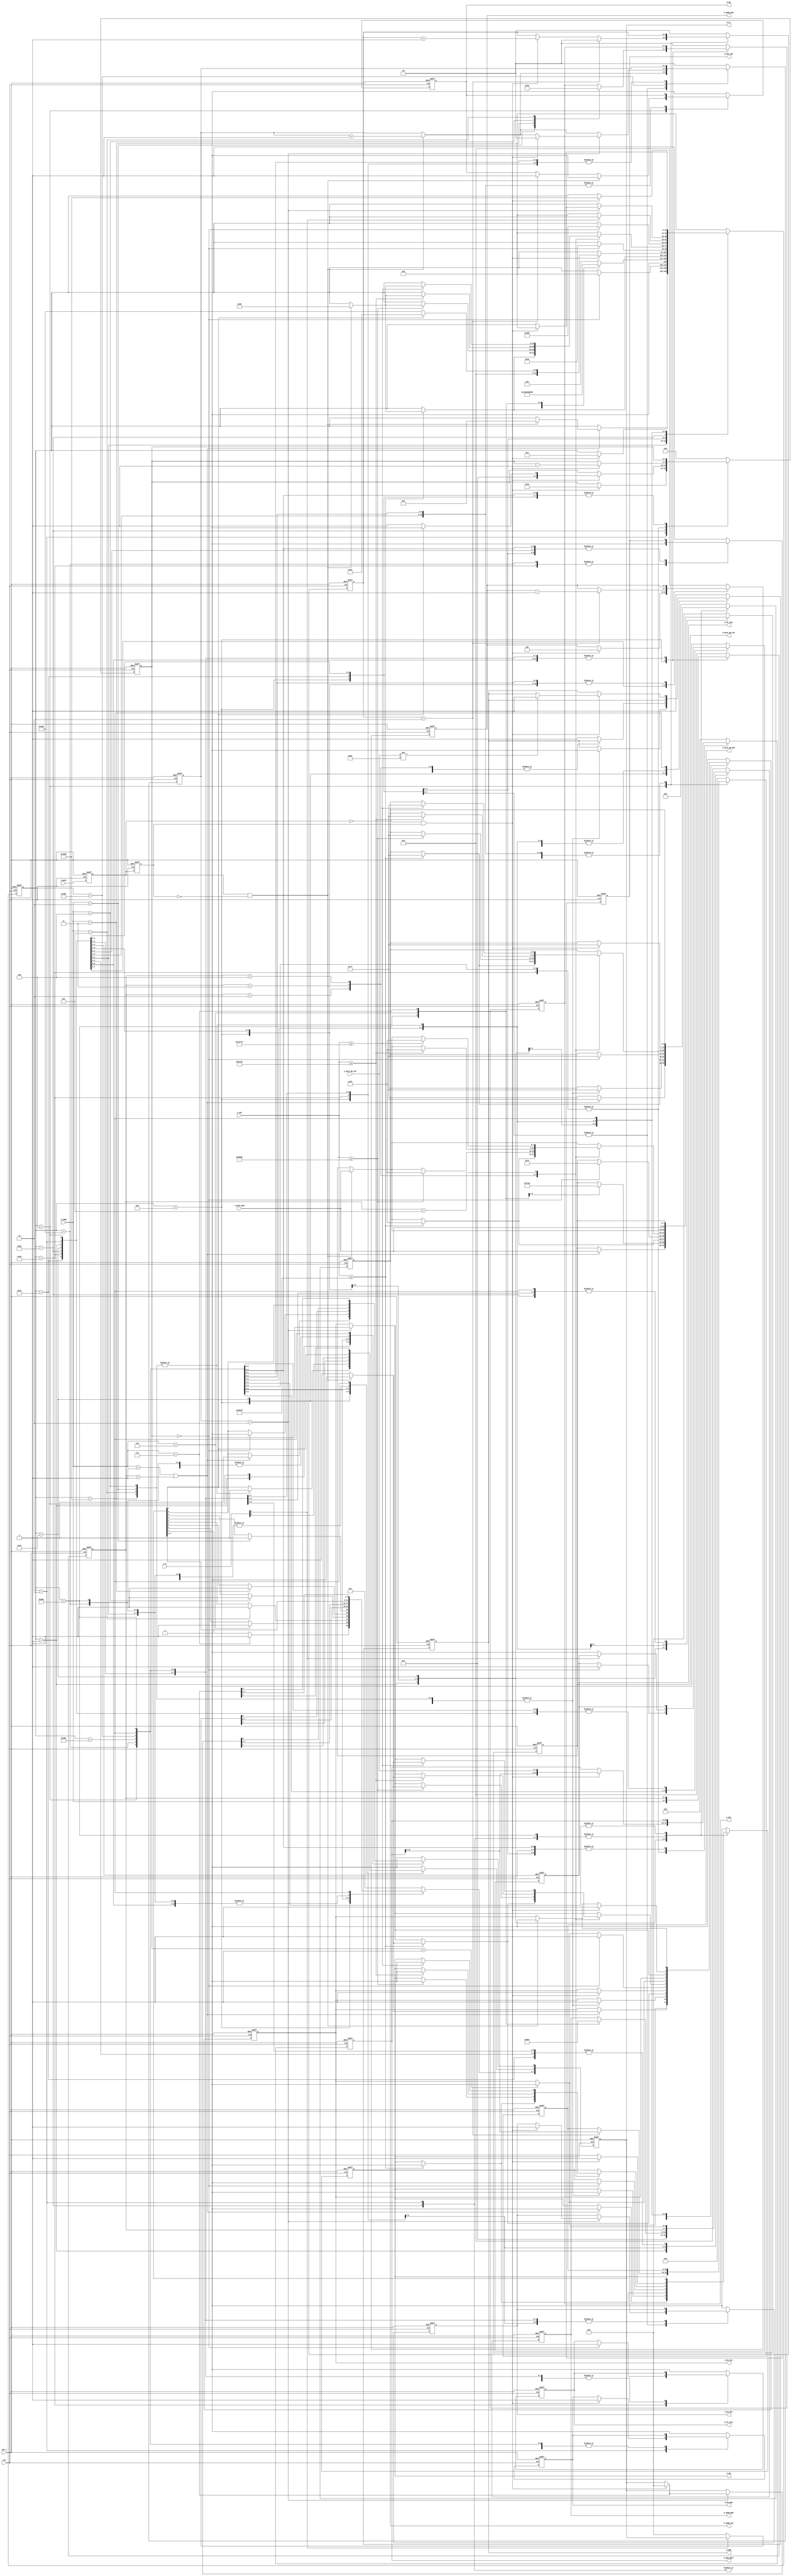
// command BMP180
    `define READ_CC   4'b0001 // reading calibration coefficients
    `define MSR_PRS0  4'b0010 // measurement pressure (OSS0)
    `define MSR_PRS1  4'b0011 // measurement pressure (OSS1)
    `define MSR_PRS2  4'b0100 // measurement pressure (OSS2)
    `define MSR_PRS3  4'b0101 // measurement pressure (OSS3)
    `define SOFT_RST  4'b0110 // soft reset BMP180
    `define CHECK     4'b0111 // check chip id BMP180
    `define MSR_TMP   4'b1000 // measurement temperature


module controller
    #(parameter FPGA_CLK    = 50_000_000, // FPGA frequency 50 MHz
      parameter ADDR_I2C_SZ = 7,          // addr on I2C bus width
      parameter DATA_I2C_SZ = 8,          // data on I2C bus width
      parameter ADDR_ROM_SZ = 4,          // addr width in ROM 
      parameter DATA_ROM_SZ = 8,          // word width in ROM 
      parameter ADDR_OPM_SZ = 4,          // addr width in RAM 
      parameter RXD_SZ      = 24,         // buffer of received data from BMP180 (width)
      parameter DATA_OPM_SZ = 16)         // word width in RAM
    (CLK, RST_n, I_COMM, I_DATA_ROM, I_DATA_RD_I2C, I_BUSY, I_CNT, I_FL,
     O_EN_I2C, O_ADDR_I2C, O_RW, O_DATA_WR_I2C, O_FL, O_ERR, O_EN_RAM, O_ADDR_ROM, O_WE, O_ADDR_OPM, O_DATA_WR_OPM, O_EN_CNT, O_RST_CNT, O_OSS, O_RXD_BUFF, O_UT_CALC, O_UP_CALC);
   

    localparam CHIP_ID          = 8'h55; // chip id BMP180 = 0x55
    localparam CNT_RS_I_BUSY_SZ = 2;     // rising edge counter I_BUSY width
    localparam CNT_FL_I_BUSY_SZ = 5;     // falling edge counter I_BUSY width
    localparam FL_SZ            = 8;     // command execution flag width
//  addr reg BMP180
    localparam ADDR_BMP180 = 7'h77; // addr BMP180 on I2C bus
    localparam ADDR_MSR    = 8'hF4; // addr reg measurement control
    localparam ADDR_MSB    = 8'hF6; // addr reg out_msb
    localparam ADDR_SRST   = 8'hE0; // addr reg soft reset
//  conversion time    
    localparam T_MSR_0 = 0.0045; // conversion time 4,5 mS (oss = 0)
    localparam T_MSR_1 = 0.0075; // conversion time 7,5 mS (oss = 1)
    localparam T_MSR_2 = 0.0135; // conversion time 13,5 mS (oss = 2)
    localparam T_MSR_3 = 0.0255; // maximum conversion time 25,5 mS (oss = 3)
    localparam integer N_CLK_MSR_0 = FPGA_CLK * T_MSR_0;  // number of clocks 50 MHz (4,5 mS, 225_000 clk)
    localparam integer N_CLK_MSR_1 = FPGA_CLK * T_MSR_1;  // number of clocks 50 MHz (7,5 mS, 375_000 clk)
    localparam integer N_CLK_MSR_2 = FPGA_CLK * T_MSR_2;  // number of clocks 50 MHz (13,5 mS, 675_000 clk)
    localparam integer N_CLK_MSR_3 = FPGA_CLK * T_MSR_3;  // number of clocks 50 MHz (25,5 mS, 1_275_000 clk)
    localparam CNT_MSR_MX_SZ       = $clog2(N_CLK_MSR_3); // conversion time counter width
//  addr in RAM BMP180 reg 
    localparam AC1 = 4'd10;      // addr in RAM value reg AC1
    localparam AC2 = AC1 - 1'b1; // addr in RAM value reg AC2
    localparam AC3 = AC2 - 1'b1; // addr in RAM value reg AC3
    localparam AC4 = AC3 - 1'b1; // addr in RAM value reg AC4
    localparam AC5 = AC4 - 1'b1; // addr in RAM value reg AC5
    localparam AC6 = AC5 - 1'b1; // addr in RAM value reg AC6
    localparam B1  = AC6 - 1'b1; // addr in RAM value reg B1
    localparam B2  = B1  - 1'b1; // addr in RAM value reg B2
    localparam MB  = B2  - 1'b1; // addr in RAM value reg MB
    localparam MC  = MB  - 1'b1; // addr in RAM value reg MC
    localparam MD  = MC  - 1'b1; // addr in RAM value reg MD
//  description states FSM
    localparam ST_SZ          = 13;                // number of states FSM
    localparam RD_CC_ST       = 13'b0000000000001; // start reading calibration coefficients
    localparam RD_CC_RST      = 13'b0000000000010; // restart reading calibration coefficients
    localparam RD_CC_FN       = 13'b0000000000100; // reading calibration coefficients
    localparam WT_COMM        = 13'b0000000001000; // waiting for a command for BMP180
    localparam RD_TMP_ST      = 13'b0000000010000; // start reading temperature
    localparam RD_TMP_FN      = 13'b0000000100000; // finish reading temperature    
    localparam RD_PRS_ST      = 13'b0000001000000; // start reading pressure
    localparam RD_TMP_PRS_RST = 13'b0000010000000; // restart reading temperature and pressure
    localparam RD_PRS_FN      = 13'b0000100000000; // finish reading pressure
    localparam IDLE_P         = 13'b0001000000000; // waiting finish calc P
    localparam SFT_RST        = 13'b0010000000000; // start soft reset
    localparam PING           = 13'b0100000000000; // start communication check, sensor returns value 0x55
    localparam PING_RD        = 13'b1000000000000; // reading chip id    
//  input signals
    input wire                     CLK;           // clock 50 MHz
    input wire                     RST_n;         // asynchronous reset_n
    input wire [ADDR_ROM_SZ-1:0]   I_COMM;        // command for BMP180    
    input wire [DATA_ROM_SZ-1:0]   I_DATA_ROM;    // word in ROM   
    input wire [DATA_I2C_SZ-1:0]   I_DATA_RD_I2C; // readed data from I2C bus
    input wire                     I_BUSY;        // master I2C busy signal
    input wire [CNT_MSR_MX_SZ-1:0] I_CNT;         // conversion time counter
    input wire [1:0]               I_FL;          // calc module execution flag
//  output signals
    output reg                   O_EN_I2C;      // start enable I2C bus   
    output reg [ADDR_I2C_SZ-1:0] O_ADDR_I2C;    // addr BMP180 on I2C bus
    output reg                   O_RW;          // RW I2C bus 
    output reg [DATA_I2C_SZ-1:0] O_DATA_WR_I2C; // data for writing on I2C bus   
    output reg [ADDR_ROM_SZ-1:0] O_ADDR_ROM;    // command for BMP180 
    output reg                   O_EN_RAM;      // RAM transaction enable 
    output reg                   O_WE;          // WE RAM signal
    output reg [ADDR_OPM_SZ-1:0] O_ADDR_OPM;    // word addr in RAM
    output reg [DATA_OPM_SZ-1:0] O_DATA_WR_OPM; // word to write to RAM 
    output reg [FL_SZ-1:0]       O_FL;          // command execution flag     
    output reg                   O_ERR;         // chip id error (BMP180) or error state of FSM
    output reg                   O_EN_CNT;      // enable signal conversion time counter
    output reg                   O_RST_CNT;     // reset conversion time counter
    output reg [1:0]             O_OSS;         // number OSS (0 or 1 or 2 or3)    
    output reg [RXD_SZ-1:0]      O_RXD_BUFF;    // buffer of received data from BMP180    
    output reg                   O_UT_CALC;     // enable calc T
    output reg                   O_UP_CALC;     // enable calc P
//  internal signals
    reg [ST_SZ-1:0]            st;               // current state of FSM
    reg [ST_SZ-1:0]            nx_st;            // next state of FSM
    reg                        nx_o_en_i2c;      // next enable signal I2C bus
    reg [ADDR_I2C_SZ-1:0]      nx_o_addr_i2c;    // next addr on I2C bus
    reg                        nx_o_rw;          // next RW I2C bus     
    reg [DATA_I2C_SZ-1:0]      nx_o_data_wr_i2c; // next data for writing on I2C bus 
    reg                        pr_i_busy;        // previous I_BUSY
    reg                        cr_i_busy;        // current I_BUSY
    wire                       rs_i_busy;        // rising edge I_BUSY
    wire                       fl_i_busy;        // falling edge I_BUSY
    reg [CNT_RS_I_BUSY_SZ-1:0] cnt_rs_i_busy;    // rising edge counter I_BUSY
    reg [CNT_RS_I_BUSY_SZ-1:0] nx_cnt_rs_i_busy; // next rising edge counter I_BUSY  
    reg [CNT_FL_I_BUSY_SZ-1:0] cnt_fl_i_busy;    // falling edge counter I_BUSY
    reg [CNT_FL_I_BUSY_SZ-1:0] nx_cnt_fl_i_busy; // next falling edge counter I_BUSY
    reg [ADDR_ROM_SZ-1:0]      nx_o_addr_rom;    // next command for BMP180
    reg                        nx_o_en_ram;      // next RAM transaction enable     
    reg                        nx_o_we;          // next WE RAM signal  
    reg [ADDR_OPM_SZ-1:0]      nx_o_addr_opm;    // next word addr in RAM
    reg [DATA_OPM_SZ-1:0]      nx_o_data_wr_opm; // next word to write to RAM
    reg                        nx_o_en_cnt;      // next enable signal conversion time counter   
    reg                        nx_o_rst_cnt;     // next reset conversion time counter
    reg [ADDR_ROM_SZ-1:0]      comm_reg;         // latching I_COMM
    reg [ADDR_ROM_SZ-1:0]      nx_comm_reg;      // next latching I_COMM
    reg [FL_SZ-1:0]            nx_o_fl;          // next command execution flag 
    reg                        nx_o_err;         // next chip id error (BMP180)
    reg [1:0]                  cnt_for_wr;       // counter for coefficient buffer
    reg [1:0]                  nx_cnt_for_wr;    // counter for coefficient buffer
    reg [RXD_SZ-1:0]           nx_o_rxd_buff;    // next buffer of received data from BMP180
    reg [1:0]                  nx_o_oss;         // next number OSS (0 or 1 or 2 or3)
    reg                        nx_o_ut_calc;     // next enable calc T
    reg                        nx_o_up_calc;     // enable calc P  
    
//  determining of rissing edge and falling edge I_BUSY
    assign rs_i_busy =  cr_i_busy & !pr_i_busy;
    assign fl_i_busy = !cr_i_busy &  pr_i_busy; 

//  determining the next state of FSM and singals    
    always @(*) begin
      nx_st = st;
      nx_o_addr_i2c = O_ADDR_I2C;
      nx_o_rw = O_RW;
      nx_o_data_wr_i2c = O_DATA_WR_I2C;
      nx_o_en_i2c = O_EN_I2C;
      nx_cnt_rs_i_busy = cnt_rs_i_busy;
      nx_cnt_fl_i_busy = cnt_fl_i_busy;
      nx_o_en_ram = O_EN_RAM;
      nx_o_we = O_WE;  
      nx_o_addr_opm = O_ADDR_OPM;
      nx_o_data_wr_opm = O_DATA_WR_OPM;
      nx_o_addr_rom = O_ADDR_ROM;
      nx_o_en_cnt = O_EN_CNT;
      nx_o_rst_cnt = O_RST_CNT;
      nx_comm_reg = comm_reg;
      nx_o_fl = O_FL;
      nx_o_err = O_ERR;
      nx_cnt_for_wr = cnt_for_wr;
      nx_o_oss = O_OSS;
      nx_o_rxd_buff = O_RXD_BUFF;
      nx_o_ut_calc = O_UT_CALC;
      nx_o_up_calc = O_UP_CALC;
      case (st)
          RD_CC_ST       : begin
                             nx_o_addr_rom = `READ_CC;          // ROM return 8'hAA
                             if (I_COMM == `READ_CC || comm_reg == `READ_CC) 
                               begin
                                 nx_o_en_i2c = 1'b1;            // start of a transaction on the bus I2C
                                 nx_o_addr_i2c = ADDR_BMP180;   // setting addr BMP180
                                 nx_o_rw = 1'b0;                // write
                                 nx_o_data_wr_i2c = I_DATA_ROM; // reg addr AC1 (calibration coefficients)
                                 nx_o_fl[0] = 1'b1;             // transaction execution flag
                                 if (rs_i_busy)
                                   begin
                                     nx_o_en_i2c = 1'b0;        // stop of a transaction on the bus I2C
                                     nx_st = RD_CC_RST;
                                   end
                               end
                           end 
          RD_CC_RST      : begin
                             if (fl_i_busy)  
                               begin
                                 nx_o_en_i2c = 1'b1;          // restart I2C bus
                                 nx_o_addr_i2c = ADDR_BMP180; // setting addr BMP180
                                 nx_o_rw = 1'b1;              // reading from reg addr AC1 (calibration coefficients)
                                 nx_cnt_fl_i_busy = 22;       // setting counter = 22 (rxd 22 bytes from reg addr AC1, AC2, AC3, AC4, AC5, AC6, B1, B2, MB, MC, MD)
                                 nx_o_addr_opm = AC1 + 1'b1;  // setting addr to RAM
                                 nx_o_en_ram = 1'b1;
                                 nx_st = RD_CC_FN;
                               end                  
                           end
          RD_CC_FN       : begin
                             if (fl_i_busy)
                               begin
                                 nx_cnt_for_wr = cnt_for_wr + 1'b1;
                                 nx_cnt_fl_i_busy = cnt_fl_i_busy - 1'b1; 
                                 nx_o_rxd_buff = {O_RXD_BUFF[15:0], I_DATA_RD_I2C};
                               end
                             if (cnt_for_wr == 2'b10)
                               begin
                                 nx_cnt_for_wr = 2'b0;
                                 nx_o_data_wr_opm = O_RXD_BUFF[15:0];     // setting data to writing to RAM
                                 nx_o_we = 1'b1;                          // setting I_WE to writing to RAM             
                                 nx_o_addr_opm = O_ADDR_OPM - 1'b1;       // setting addr for RAM
                               end
                             if (rs_i_busy)
                               begin
                                 nx_o_we = 1'b0;                          // stop writing to RAM
                               end
                             if (cnt_fl_i_busy == 1)
                               nx_o_en_i2c = 1'b0;                        // stop reading, txd ACK
                             if (&(!cnt_fl_i_busy))                       // when = 0
                               begin
                                 nx_o_fl[0] = 1'b0;                       // end of reading calibration coefficients
                                 nx_st = WT_COMM;
                               end
                           end     
          WT_COMM        : begin
                             nx_o_we = 1'b0;       // stop write to RAM
                             nx_o_en_ram = 1'b0;
                             nx_comm_reg = I_COMM; // latching I_COMM
                             case (I_COMM)
                                `READ_CC  :   nx_st = RD_CC_ST;
                                `MSR_PRS0 : begin
                                              nx_o_en_i2c = 1'b1;          // start of a transaction on the bus I2C
                                              nx_o_addr_i2c = ADDR_BMP180; // setting addr BMP180
                                              nx_o_rw = 1'b0;              // write
                                              nx_o_data_wr_i2c = ADDR_MSR; // reg addr "Measurement control"
                                              nx_o_err = 1'b0;             // zero error
                                              nx_o_fl[2:1] = 2'b11;        // transaction execution flag (pressurve and temperature measurement) 
                                              nx_o_oss = 2'b0;             // setting reg OSS = 0
                                              nx_o_addr_rom = `MSR_TMP;    // ROM return 8'h2E
                                              nx_st = RD_TMP_ST;
                                            end
                                `MSR_PRS1 : begin
                                              nx_o_en_i2c = 1'b1;          // start of a transaction on the bus I2C
                                              nx_o_addr_i2c = ADDR_BMP180; // setting addr BMP180
                                              nx_o_rw = 1'b0;              // write
                                              nx_o_data_wr_i2c = ADDR_MSR; // reg addr "Measurement control"
                                              nx_o_err = 1'b0;             // zero error
                                              nx_o_fl[3] = 1'b1;           // transaction execution flag (pressurve measurement)
                                              nx_o_fl[1] = 1'b1;           // transaction execution flag (temperature measurement)
                                              // nx_o_oss = 2'b0;             // for simulation setting reg OSS = 0
                                              nx_o_oss = 2'b01;            // for FPGA setting reg OSS = 1
                                              nx_o_addr_rom = `MSR_TMP;    // ROM return 8'h2E
                                              nx_st = RD_TMP_ST;
                                            end
                                `MSR_PRS2 : begin
                                              nx_o_en_i2c = 1'b1;          // start of a transaction on the bus I2C
                                              nx_o_addr_i2c = ADDR_BMP180; // setting addr BMP180
                                              nx_o_rw = 1'b0;              // write
                                              nx_o_data_wr_i2c = ADDR_MSR; // reg addr "Measurement control"
                                              nx_o_err = 1'b0;             // zero error
                                              nx_o_fl[4] = 1'b1;           // transaction execution flag (pressurve measurement)
                                              nx_o_fl[1] = 1'b1;           // transaction execution flag (temperature measurement)
                                              // nx_o_oss = 2'b0;             // for simulation setting reg OSS = 0
                                              nx_o_oss = 2'b10;            // for FPGA setting reg OSS = 2
                                              nx_o_addr_rom = `MSR_TMP;    // ROM return 8'h2E
                                              nx_st = RD_TMP_ST;
                                            end
                                `MSR_PRS3 : begin
                                              nx_o_en_i2c = 1'b1;          // start of a transaction on the bus I2C
                                              nx_o_addr_i2c = ADDR_BMP180; // setting addr BMP180
                                              nx_o_rw = 1'b0;              // write
                                              nx_o_data_wr_i2c = ADDR_MSR; // reg addr "Measurement control"
                                              nx_o_err = 1'b0;             // zero error
                                              nx_o_fl[5] = 1'b1;           // transaction execution flag (pressurve measurement)
                                              nx_o_fl[1] = 1'b1;           // transaction execution flag (temperature measurement)
                                              // nx_o_oss = 2'b0;             // for simulation setting reg OSS = 0
                                              nx_o_oss = 2'b11;            // for FPGA setting reg OSS = 3
                                              nx_o_addr_rom = `MSR_TMP;    // ROM return 8'h2E
                                              nx_st = RD_TMP_ST;
                                            end
                                `SOFT_RST : begin
                                              nx_o_en_i2c = 1'b1;           // start of a transaction on the bus I2C
                                              nx_o_addr_i2c = ADDR_BMP180;  // setting addr BMP180
                                              nx_o_rw = 1'b0;               // write
                                              nx_o_data_wr_i2c = ADDR_SRST; // reg addr soft reset
                                              nx_o_err = 1'b0;              // zero error
                                              nx_o_fl[6] = 1'b1;            // transaction execution flag
                                              nx_o_addr_rom = `SOFT_RST;
                                              nx_st = SFT_RST;
                                            end
                                `CHECK    : begin
                                              nx_o_en_i2c = 1'b1;            // start of a transaction on the bus I2C
                                              nx_o_addr_i2c = ADDR_BMP180;   // setting addr BMP180
                                              nx_o_rw = 1'b0;                // write
                                              nx_o_err = 1'b0;               // zero error
                                              nx_o_fl[7] = 1'b1;             // transaction execution flag
                                              nx_o_addr_rom = `CHECK;
                                              nx_st = PING;
                                            end
                                default   : begin
                                              nx_st = WT_COMM;
                                            end
                             endcase
                           end
          RD_TMP_ST      : begin
                             if (rs_i_busy)
                               begin
                                 nx_o_data_wr_i2c = I_DATA_ROM;           // data for write in reg "Measurement control"
                                 nx_cnt_rs_i_busy = cnt_rs_i_busy + 1'b1;
                               end          
                             if (cnt_rs_i_busy == 2'b10)
                               begin
                                 nx_o_en_i2c = 1'b0;                      // stop of a transaction on the bus I2C
                                 if (fl_i_busy)
                                   nx_o_en_cnt = 1'b1;                    // start counter clocks
                               end
                             if (I_CNT >= N_CLK_MSR_0 - 1'b1)
                               begin
                                 nx_o_en_i2c = 1'b1;                      // start of a transaction on the bus I2C
                                 nx_o_addr_i2c = ADDR_BMP180;             // setting addr BMP180
                                 nx_o_rw = 1'b0;                          // write
                                 nx_o_data_wr_i2c = ADDR_MSB;             // Out MSB (0xF6)
                                 if (rs_i_busy)
                                   begin 
                                     nx_o_en_i2c = 1'b0;                  // stop of a transaction on the bus I2C
                                     nx_st = RD_TMP_PRS_RST;
                                   end      
                               end 
                           end
          RD_TMP_PRS_RST : begin
                             nx_o_en_cnt = 1'b0;                          // stop counter clocks
                             nx_o_rst_cnt = 1'b1;                         // setting zero counter clocks
                             nx_cnt_rs_i_busy = {CNT_RS_I_BUSY_SZ{1'b0}}; // zero counter I_BUSY
                             if (fl_i_busy)  
                               begin
                                 nx_o_en_i2c = 1'b1;                      // restart I2C bus
                                 nx_o_addr_i2c = ADDR_BMP180;             // setting addr BMP180
                                 nx_o_rw = 1'b1;                          // reading Out MSB (0xF6)
                                 if (O_FL[1])
                                   begin
                                     nx_cnt_fl_i_busy = 2;                // setting counter I_BUSY = 2 (rxd two bytes from Out MSB, Out LSB)                            
                                     nx_st = RD_TMP_FN;
                                   end
                                 else
                                   begin
                                     nx_cnt_fl_i_busy = 3;                // setting counter I_BUSY = 3 (rxd free bytes from Out MSB, Out LSB, Out XLSB)                            
                                     nx_st = RD_PRS_FN;
                                   end
                               end          
                           end    
          RD_TMP_FN      : begin
                             nx_o_rst_cnt = 1'b0; 
                             nx_o_addr_rom = comm_reg;
                             if (fl_i_busy)
                               begin 
                                 nx_cnt_fl_i_busy = cnt_fl_i_busy - 1'b1;
                                 nx_o_rxd_buff = {O_RXD_BUFF[15:0], I_DATA_RD_I2C}; // latching rxd in buffer
                               end
                             if (cnt_fl_i_busy == 1'b1)
                               nx_o_en_i2c = 1'b0;                                  // stop of a transaction on I2C bus
                             if (&(!cnt_fl_i_busy))                                 // when = 0
                               begin
                                 nx_o_en_i2c = 1'b1;                                // start of a transaction on the bus I2C
                                 nx_o_addr_i2c = ADDR_BMP180;                       // setting addr BMP180
                                 nx_o_rw = 1'b0;                                    // write
                                 nx_o_data_wr_i2c = ADDR_MSR;                       // reg addr "Measurement control"
                                 nx_o_ut_calc = 1'b1;
                                 nx_st = RD_PRS_ST;
                               end         
                           end
          RD_PRS_ST      : begin
                             nx_o_fl[1] = I_FL[0];
                             nx_o_ut_calc = 1'b0;
                             if (rs_i_busy)
                               begin
                                 nx_o_data_wr_i2c = I_DATA_ROM;           // data for write in reg "Measurement control"
                                 nx_cnt_rs_i_busy = cnt_rs_i_busy + 1'b1;
                               end          
                             if (cnt_rs_i_busy == 2'b10)
                               begin
                                 nx_o_en_i2c = 1'b0;                      // stop of a transaction on the bus I2C
                                 if (fl_i_busy)
                                   nx_o_en_cnt = 1'b1;                    // start counter clocks
                               end
                             case (comm_reg)
                                `MSR_PRS0 : begin
                                              if (I_CNT >= N_CLK_MSR_0 - 1'b1)
                                                begin
                                                  nx_o_en_i2c = 1'b1;             // start of a transaction on the bus I2C
                                                  nx_o_addr_i2c = ADDR_BMP180;    // setting addr BMP180
                                                  nx_o_rw = 1'b0;                 // write
                                                  nx_o_data_wr_i2c = ADDR_MSB;    // Out MSB (0xF6)
                                                  if (rs_i_busy)
                                                    begin 
                                                      nx_o_en_i2c = 1'b0;         // stop of a transaction on the bus I2C
                                                      nx_st = RD_TMP_PRS_RST; 
                                                    end                    
                                                 end 
                                            end
                                `MSR_PRS1 : begin
                                              if (I_CNT >= N_CLK_MSR_1 - 1'b1) 
                                                 begin
                                                   nx_o_en_i2c = 1'b1;             // start of a transaction on the bus I2C
                                                   nx_o_addr_i2c = ADDR_BMP180;    // setting addr BMP180
                                                   nx_o_rw = 1'b0;                 // write
                                                   nx_o_data_wr_i2c = ADDR_MSB;    // Out MSB (0xF6)
                                                   if (rs_i_busy)
                                                     begin 
                                                       nx_o_en_i2c = 1'b0;         // stop of a transaction on the bus I2C
                                                       nx_st = RD_TMP_PRS_RST;
                                                     end                    
                                                 end 
                                            end
                                `MSR_PRS2 : begin
                                              if (I_CNT >= N_CLK_MSR_2 - 1'b1)
                                                 begin
                                                   nx_o_en_i2c = 1'b1;             // start of a transaction on the bus I2C
                                                   nx_o_addr_i2c = ADDR_BMP180;    // setting addr BMP180
                                                   nx_o_rw = 1'b0;                 // write
                                                   nx_o_data_wr_i2c = ADDR_MSB;    // Out MSB (0xF6)
                                                   if (rs_i_busy)
                                                     begin 
                                                       nx_o_en_i2c = 1'b0;         // stop of a transaction on the bus I2C
                                                       nx_st = RD_TMP_PRS_RST;
                                                     end                    
                                                 end 
                                            end
                                `MSR_PRS3 : begin
                                              if (I_CNT >= N_CLK_MSR_3 - 1'b1) 
                                                 begin
                                                   nx_o_en_i2c = 1'b1;             // start of a transaction on the bus I2C
                                                   nx_o_addr_i2c = ADDR_BMP180;    // setting addr BMP180
                                                   nx_o_rw = 1'b0;                 // write
                                                   nx_o_data_wr_i2c = ADDR_MSB;    // Out MSB (0xF6)
                                                   if (rs_i_busy)
                                                     begin 
                                                       nx_o_en_i2c = 1'b0;         // stop of a transaction on the bus I2C
                                                       nx_st = RD_TMP_PRS_RST; 
                                                     end                    
                                                 end 
                                            end
                                default   : begin
                                              nx_st = WT_COMM;
                                              nx_o_err = 1'b1;                     // error
                                            end
                             endcase
                           end
          RD_PRS_FN      : begin
                             nx_o_rst_cnt = 1'b0; 
                             if (fl_i_busy)
                               begin 
                                 nx_cnt_fl_i_busy = cnt_fl_i_busy - 1'b1;
                                 nx_o_rxd_buff = {O_RXD_BUFF[15:0], I_DATA_RD_I2C}; // latching rxd in buffer
                               end
                             if (cnt_fl_i_busy == 1'b1)
                               nx_o_en_i2c = 1'b0;                                  // stop of a transaction on the bus I2C
                             if (&(!cnt_fl_i_busy))                                 // when = 0
                               begin
                                 nx_o_up_calc = 1'b1;
                                 nx_st = IDLE_P;
                               end
                           end
          IDLE_P         : begin
                             if (!I_FL[1])
                               begin
                                 nx_o_up_calc = 1'b0;
                                 nx_o_fl = {FL_SZ{1'b0}};
                                 nx_st = WT_COMM;
                               end
                           end
          SFT_RST        : begin
                             if (rs_i_busy)
                               begin
                                 nx_o_data_wr_i2c = I_DATA_ROM;                   // soft reset 
                                 nx_cnt_rs_i_busy = cnt_rs_i_busy + 1'b1;
                               end
                             if (cnt_rs_i_busy == 2'b10)
                               begin
                                 nx_o_en_i2c = 1'b0;                              // stop of a transaction on the bus I2C
                                 if (fl_i_busy)
                                   begin
                                     nx_cnt_rs_i_busy = {CNT_RS_I_BUSY_SZ{1'b0}}; // zero counter I_BUSY
                                     nx_o_fl = {FL_SZ{1'b0}};                     // zero flags
                                     nx_st = WT_COMM;
                                   end
                               end  
                           end             
          PING           : begin
                             nx_o_data_wr_i2c = I_DATA_ROM;   // reg addr chip ip
                             if (rs_i_busy)
                                 nx_o_en_i2c = 1'b0;          // stop of a transaction on the bus I2C         
                             if (fl_i_busy)  
                               begin
                                 nx_o_en_i2c = 1'b1;          // restart I2C bus
                                 nx_o_addr_i2c = ADDR_BMP180; // setting addr BMP180
                                 nx_o_rw = 1'b1;              // read
                                 nx_st = PING_RD;             // nx_st is PING
                               end                  
                           end
          PING_RD        : begin
                             if (rs_i_busy)
                               nx_o_en_i2c = 1'b0;             // stop of a transaction on the bus I2C 
                             if (fl_i_busy)
                               begin
                                 nx_o_fl = {FL_SZ{1'b0}};      // zero flags
                                 nx_st = WT_COMM;
                                 if (I_DATA_RD_I2C != CHIP_ID)
                                   nx_o_err = 1'b1;            // error if read data != 0x55                                   
                               end
                           end          
          default        : begin
                             nx_st = WT_COMM;
                             nx_o_err = 1'b1;
                             nx_o_en_i2c = 1'b0;
                             nx_o_addr_i2c = {ADDR_I2C_SZ{1'b0}};
                             nx_o_rw = 1'b0;
                             nx_o_data_wr_i2c = {DATA_I2C_SZ{1'b0}};
                             nx_cnt_rs_i_busy = {CNT_RS_I_BUSY_SZ{1'b0}};
                             nx_cnt_fl_i_busy = {CNT_FL_I_BUSY_SZ{1'b0}};
                             nx_o_en_ram = 1'b0;
                             nx_o_addr_opm = {ADDR_OPM_SZ{1'b0}};
                             nx_o_data_wr_opm = {DATA_OPM_SZ{1'b0}}; 
                             nx_o_addr_rom = {ADDR_ROM_SZ{1'b0}};
                             nx_o_we = 1'b0;
                             nx_o_en_cnt = 1'b0;
                             nx_o_rst_cnt = 1'b1;
                             nx_comm_reg = {ADDR_ROM_SZ{1'b0}};
                             nx_o_fl = {FL_SZ{1'b0}};
                             nx_cnt_for_wr = 2'b0;
                             nx_o_oss = 2'b0;                     
                             nx_o_rxd_buff = {RXD_SZ{1'b0}};
                             nx_o_ut_calc = 1'b0;
                             nx_o_up_calc = 1'b0;
                           end
      endcase
    end 
    
//  latching the next state of FSM and signals, every clock     
    always @(posedge CLK or negedge RST_n) begin
      if (!RST_n)
        begin
          st            <= RD_CC_ST;     
          O_EN_I2C      <= 1'b0;       
          O_ADDR_I2C    <= {ADDR_I2C_SZ{1'b0}};
          O_RW          <= 1'b0;
          O_DATA_WR_I2C <= {DATA_I2C_SZ{1'b0}};
          cr_i_busy     <= 1'b0;
          pr_i_busy     <= 1'b0;
          cnt_rs_i_busy <= {CNT_RS_I_BUSY_SZ{1'b0}};
          cnt_fl_i_busy <= {CNT_FL_I_BUSY_SZ{1'b0}};    
          O_EN_RAM      <= 1'b0;
          O_ADDR_ROM    <= {ADDR_ROM_SZ{1'b0}};
          O_WE          <= 1'b0;          
          O_ADDR_OPM    <= {ADDR_OPM_SZ{1'b0}};
          O_DATA_WR_OPM <= {DATA_OPM_SZ{1'b0}};
          O_EN_CNT      <= 1'b0;
          O_RST_CNT     <= 1'b0;
          comm_reg      <= {ADDR_ROM_SZ{1'b0}};
          O_FL          <= {FL_SZ{1'b0}};
          O_ERR         <= 1'b0;
          cnt_for_wr    <= 2'b0;
          O_OSS         <= 2'b0;        
          O_RXD_BUFF    <= {RXD_SZ{1'b0}};
          O_UT_CALC     <= 1'b0;
          O_UP_CALC     <= 1'b0;
        end
      else
        begin
          st            <= nx_st;        
          O_EN_I2C      <= nx_o_en_i2c;          
          O_ADDR_I2C    <= nx_o_addr_i2c;
          O_RW          <= nx_o_rw;
          O_DATA_WR_I2C <= nx_o_data_wr_i2c;
          cr_i_busy     <= I_BUSY;
          pr_i_busy     <= cr_i_busy; 
          cnt_rs_i_busy <= nx_cnt_rs_i_busy;
          cnt_fl_i_busy <= nx_cnt_fl_i_busy;
          O_EN_RAM      <= nx_o_en_ram;
          O_ADDR_ROM    <= nx_o_addr_rom;
          O_WE          <= nx_o_we;          
          O_ADDR_OPM    <= nx_o_addr_opm; 
          O_DATA_WR_OPM <= nx_o_data_wr_opm;
          O_EN_CNT      <= nx_o_en_cnt; 
          O_RST_CNT     <= nx_o_rst_cnt;
          comm_reg      <= nx_comm_reg;
          O_FL          <= nx_o_fl;
          O_ERR         <= nx_o_err;
          cnt_for_wr    <= nx_cnt_for_wr;
          O_OSS         <= nx_o_oss; 
          O_RXD_BUFF    <= nx_o_rxd_buff;          
          O_UT_CALC     <= nx_o_ut_calc;
          O_UP_CALC     <= nx_o_up_calc;
        end
    end
 
    
endmodule